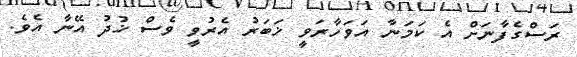
ރަސްގެފާނަށް އެ ކަމަނާ އަވަހާރަވީ ޚަބަރު އެރުވީ ވެސް ޚުދު އޭނާ އެވެ.